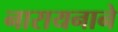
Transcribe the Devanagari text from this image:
नारायनाने